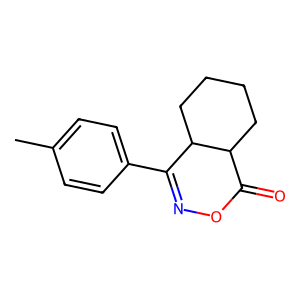
SMILES: Cc1ccc(C2=NOC(=O)C3CCCCC23)cc1
Inhibits HIV replication: No